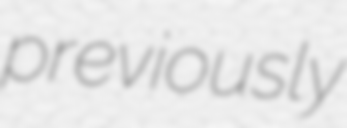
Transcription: previously